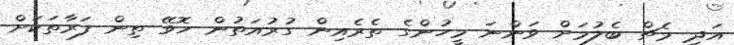
އަދި މެޗް ބެލުމަށް ވަންނަ މީހުންގެ ތެރެއިން ގުރުއަތުން ހޮވޭ ތިން ފަރާތަކަށް